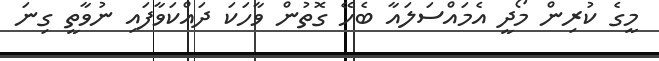
މީގެ ކުރިން މޯދީ އެމައްސަލައާ ބެހޭ ގޮތުން ވާހަކަ ދައްކަވާފައި ނުވާތީ ގިނަ